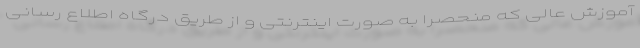
آموزش عالی که منحصراً به صورت اینترنتی و از طریق درگاه اطلاع رسانی